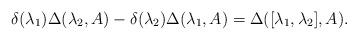
LaTeX: \begin{align*}\delta(\lambda_{1})\Delta(\lambda_{2},A)-\delta(\lambda_{2})\Delta(\lambda_{1},A)=\Delta([\lambda_{1},\lambda_{2}],A).\end{align*}